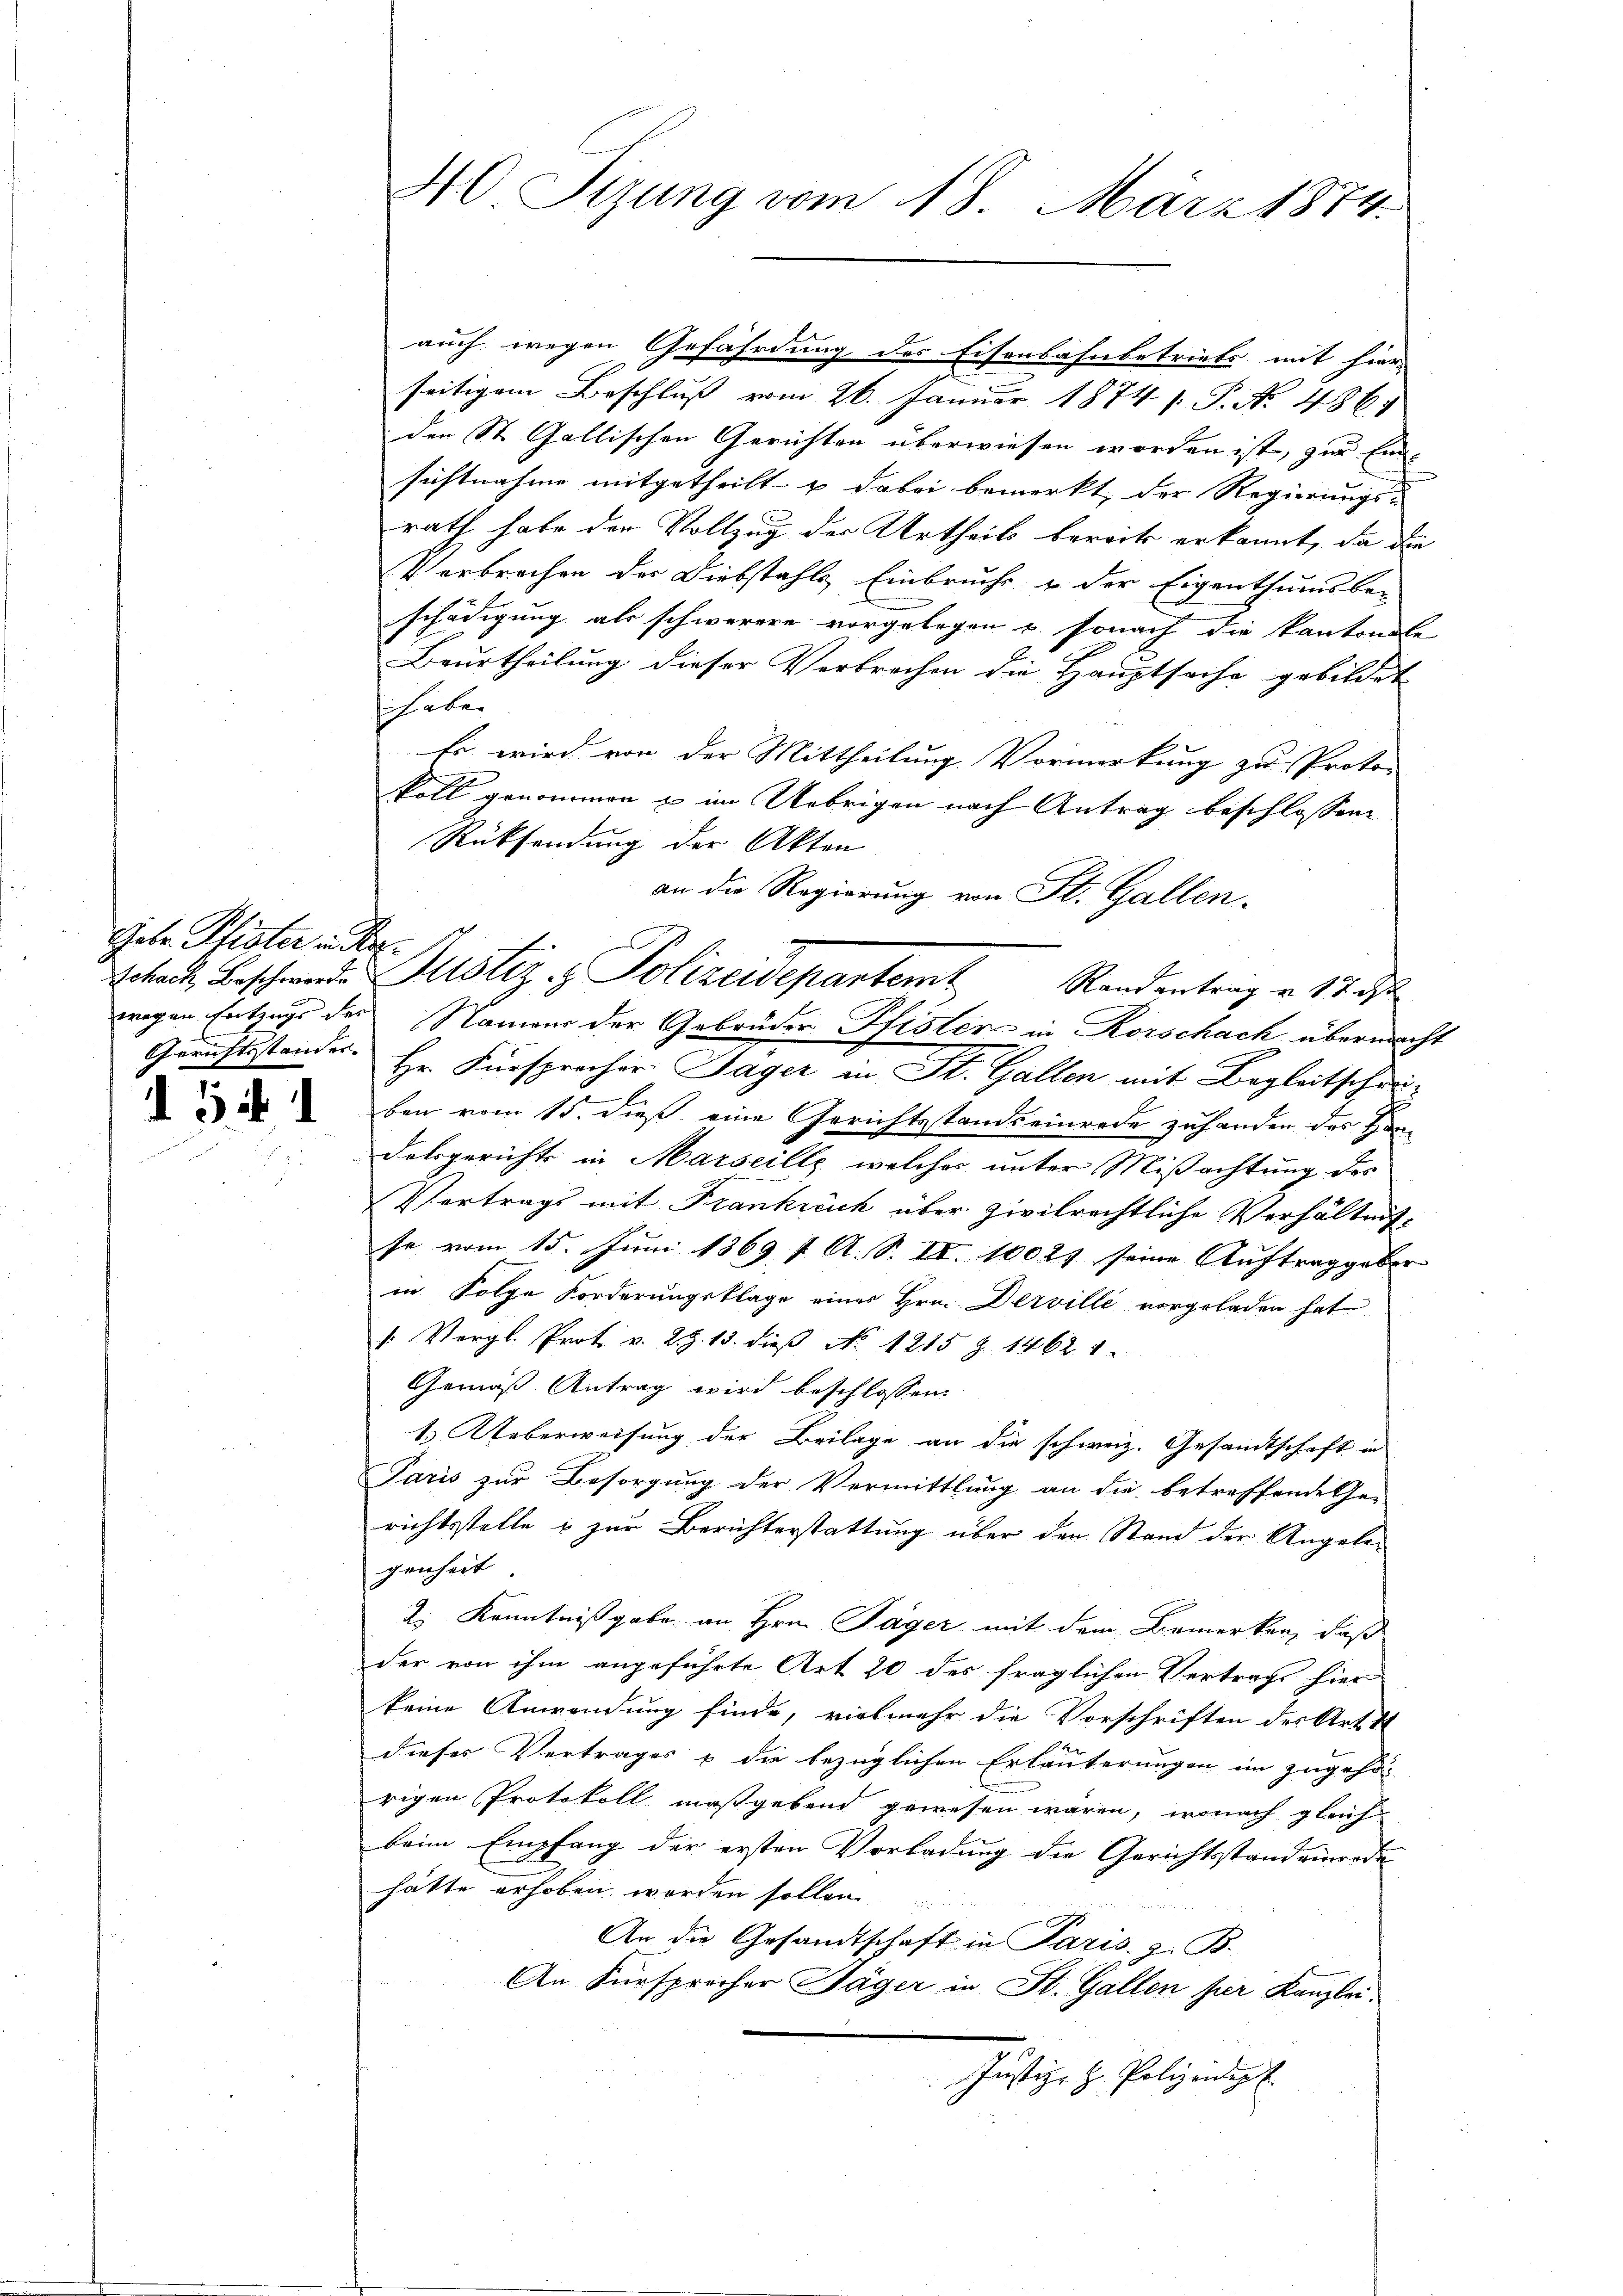
Gebr. Pfister in der
E

452

40 Sizung vom 18. März 1874.

auch wegen Gefährdung des Eisenbahnbetriebs mit hier-
seitigem Beschluß vom 26. Januar 1874 s. P. No. 486.
den St. Gallischen Gerichten überwiesen worden ist, zur Eidsichtnahme mitgetheilt u dabei bemerkt, der Regierungs-
rath habe der Vollzug der Urtheils bereits erkannt, da die
Verbrechen der Diebstahls Einbruche u der Eigenthumsbe-
schädigung als schwerere vorgelegen u. sonach die kantonal
Beurtheilung dieser Verbrochen die Hauptsache gebildet
haben
Es wird von der Mittheilung Vormerkung zu Proto-
koll genommen & im Uebrigen nach Antrag beschlossen
Rücksendung der Akten
an die Regierung von St. Gallen¬
Gerichtsstandes. Hr. Fürsprecher Sager in St. Gallen mit Begleitscheiben vom 15. dieß eine Gerichtsstandseinrede zuhanden des Handalsgerichts in Marseille, welches unter Mißachtung des
Vortrags mit Frankreich über zivilrechtliche Verhältnisse vom 15. Juni 1869, 1. A. S. II. 10027 seine Auftrag geber- |
in Folge Forderungsklage eines Hrn. Derville vorgeladen hat
": Vergl. Prot v. 2. §. 13. dieβ No 1215 § 1462. 1
Gemäß Antrag wird beschlossen:
1. Ueberweisung der Beilage an die schweiz. Gesandtschaft in
Paris zur Besorgung der Vermittlung an die betreffende Ge-
richtsstelle & zur Berichterstattung über den Stand der Angelegenheit
2.) Kenntnißgabe an Hrn. Täger mit dem Bemerken, daß
der von ihm angeführte Art 20 des fraglichen Vertrags hier
keine Anwendung finde, vielmehr die Vorschriften des Art 1
dieses Vertrages & die bezüglichen Erläuterungen im zugehö
rigen Protokoll maßgebend gewesen wären, wonach gleich
beim Empfang der ersten Vorladung die Gerichtsstand einrede
hätte erhoben werden sollen.
An die Gesandtschaft in Paris. z. B.
An. Fürsprocher Jäger in St. Gallen per Kanzlei.
Justiz- & Polizeip

Schach Beschwerde Justiz & Polizeidepartemt Randentrag v. 17. d
wegen Fertings der Namen der Gebrüder Pfister in Korschach übermacht